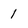
Character: 1